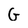
Character: G